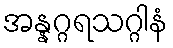
အန္နဂ္ဂရသဂ္ဂါနံ